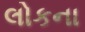
લોકના